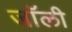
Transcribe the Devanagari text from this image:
जाॅली